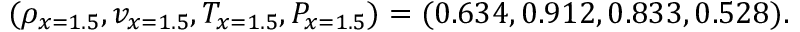
( \rho _ { x = 1 . 5 } , v _ { x = 1 . 5 } , T _ { x = 1 . 5 } , P _ { x = 1 . 5 } ) = ( 0 . 6 3 4 , 0 . 9 1 2 , 0 . 8 3 3 , 0 . 5 2 8 ) .